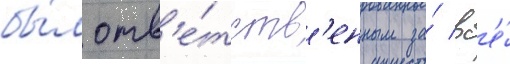
бы́л отв'е́тств'енным за́ вс'е́